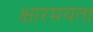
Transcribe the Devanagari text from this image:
क्षारमयता